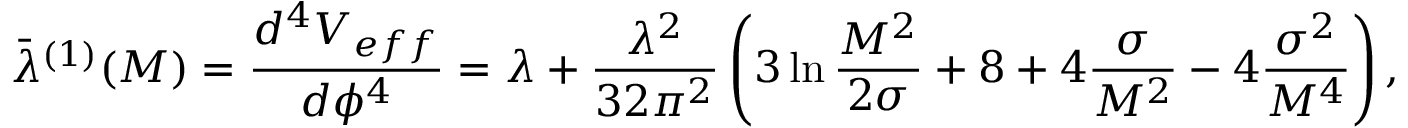
\bar { \lambda } ^ { ( 1 ) } ( M ) = \frac { d ^ { 4 } V _ { e f f } } { d \phi ^ { 4 } } = \lambda + \frac { \lambda ^ { 2 } } { 3 2 \pi ^ { 2 } } \left( 3 \ln \frac { M ^ { 2 } } { 2 \sigma } + 8 + 4 \frac \sigma { M ^ { 2 } } - 4 \frac { \sigma ^ { 2 } } { M ^ { 4 } } \right) ,